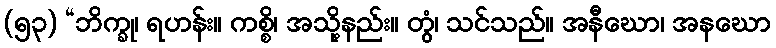
(၅၃) “ဘိက္ခု၊ ရဟန်း။ ကစ္စိ၊ အသို့နည်း။ တွံ၊ သင်သည်။ အနီဃော၊ အနဃော